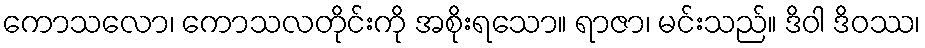
ကောသလော၊ ကောသလတိုင်းကို အစိုးရသော။ ရာဇာ၊ မင်းသည်။ ဒိဝါ ဒိဝဿ၊